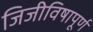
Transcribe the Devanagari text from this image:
जिजीविषापूर्ण